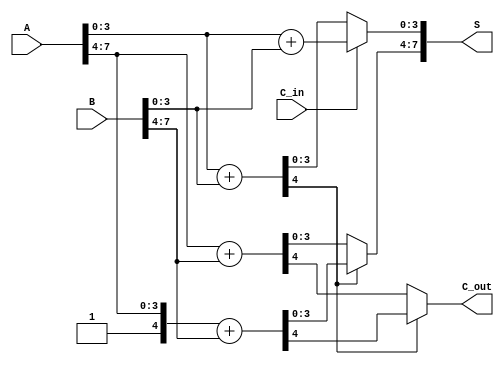
module CarrySelectAdder #(parameter N = 8) (
    input [N-1:0] A,
    input [N-1:0] B,
    input C_in,
    output [N-1:0] S,
    output C_out
);
    // Number of blocks
    localparam BLOCK_SIZE = 4; // Size of each block
    localparam NUM_BLOCKS = N / BLOCK_SIZE;

    wire [BLOCK_SIZE:0] carry; // Carry outputs for each block
    wire [BLOCK_SIZE-1:0] S0 [0:NUM_BLOCKS-1]; // Sum when C_in = 0
    wire [BLOCK_SIZE-1:0] S1 [0:NUM_BLOCKS-1]; // Sum when C_in = 1
    wire [BLOCK_SIZE-1:0] C0 [0:NUM_BLOCKS-1]; // Carry out when C_in = 0
    wire [BLOCK_SIZE-1:0] C1 [0:NUM_BLOCKS-1]; // Carry out when C_in = 1

    // Generate blocks
    genvar i;
    generate
        for (i = 0; i < NUM_BLOCKS; i = i + 1) begin : CSA_BLOCK
            // Local A and B for the block
            wire [BLOCK_SIZE-1:0] A_block = A[(i+1)*BLOCK_SIZE-1:i*BLOCK_SIZE];
            wire [BLOCK_SIZE-1:0] B_block = B[(i+1)*BLOCK_SIZE-1:i*BLOCK_SIZE];

            // Full Adders for C_in = 0
            wire [BLOCK_SIZE:0] FA0_out; // [sum, carry_out]
            assign FA0_out = {1'b0, A_block} + {1'b0, B_block}; // C_in = 0
            assign S0[i] = FA0_out[BLOCK_SIZE-1:0];
            assign C0[i] = FA0_out[BLOCK_SIZE];

            // Full Adders for C_in = 1
            wire [BLOCK_SIZE:0] FA1_out; // [sum, carry_out]
            assign FA1_out = {1'b1, A_block} + {1'b0, B_block}; // C_in = 1
            assign S1[i] = FA1_out[BLOCK_SIZE-1:0];
            assign C1[i] = FA1_out[BLOCK_SIZE];

            // Carry selection logic
            if (i == 0) begin
                assign carry[i] = C_in; // First block uses C_in directly
            end else begin
                assign carry[i] = C0[i-1]; // Subsequent blocks use the carry out of the previous block
            end
        end
    endgenerate

    // MUX for selecting the final sum and carry out
    generate
        for (i = 0; i < NUM_BLOCKS; i = i + 1) begin : MUX
            assign S[(i+1)*BLOCK_SIZE-1:i*BLOCK_SIZE] = carry[i] ? S1[i] : S0[i];
            if (i == NUM_BLOCKS-1) begin
                assign C_out = carry[i] ? C1[i] : C0[i];
            end
        end
    endgenerate

endmodule